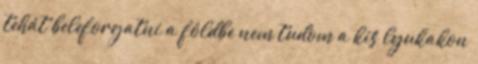
tehát beleforgatni a földbe nem tudom a kis lyukakon